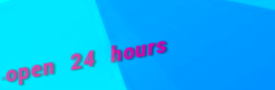
open 24 hours